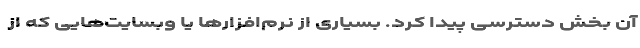
آن بخش دسترسی پیدا کرد. بسیاری از نرم‌افزارها یا وبسایت‌هایی که از